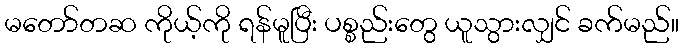
မတော်တဆ ကိုယ့်ကို ရန်မူပြီး ပစ္စည်းတွေ ယူသွားလျှင် ခက်မည်။